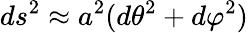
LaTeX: ds^{2}\approx a^{2}(d\theta^{2}+d\varphi^{2})